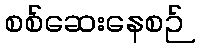
စစ်ဆေးနေစဉ်